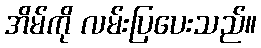
အိမ်ကို လမ်းပြပေးသည်။